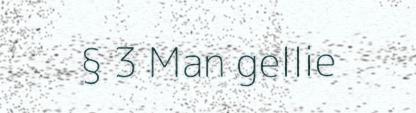
§ 3 Man gellie